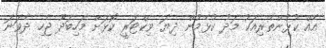
އެއް ކުޅުންތެރިއަކު މަދު ކުޅެމުން ދިޔަ ވިކްޓަރީ ކޮޅަށް މަހިބަދޫ ޖެހި ދެވަނަ